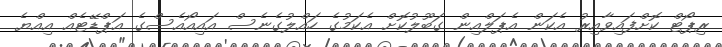
ރިޕޯޓް ކޮށްފައިވާއިރު އެކަން އެޕަލްއިން ގަބޫލުކޮށް އެކަމުގެ ހައްލުގެނެސް އައިއޯއެސްގެ އަޕްޑޭޓެއް އިއްޔެ